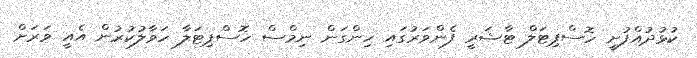
ކުޅުދުއްފުށީ ހޮސްޕިޓަލް ޓާޝަރީ ފެންވަރުގައި ހިންގަން ނިމްސް ހޮސްޕިޓަލާ ހަވާލުކުރުން އެއީ ވަރަށް